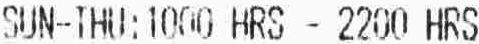
SUN-THU:1000 HRS - 2200 HRS